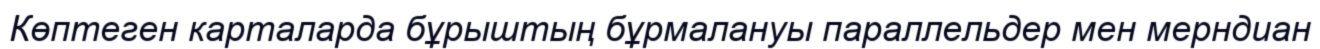
Көптеген карталарда бұрыштың бұрмалануы параллельдер мен мерндиан